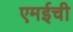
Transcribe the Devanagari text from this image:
एमईची